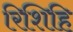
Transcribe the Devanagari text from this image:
रिशिहि